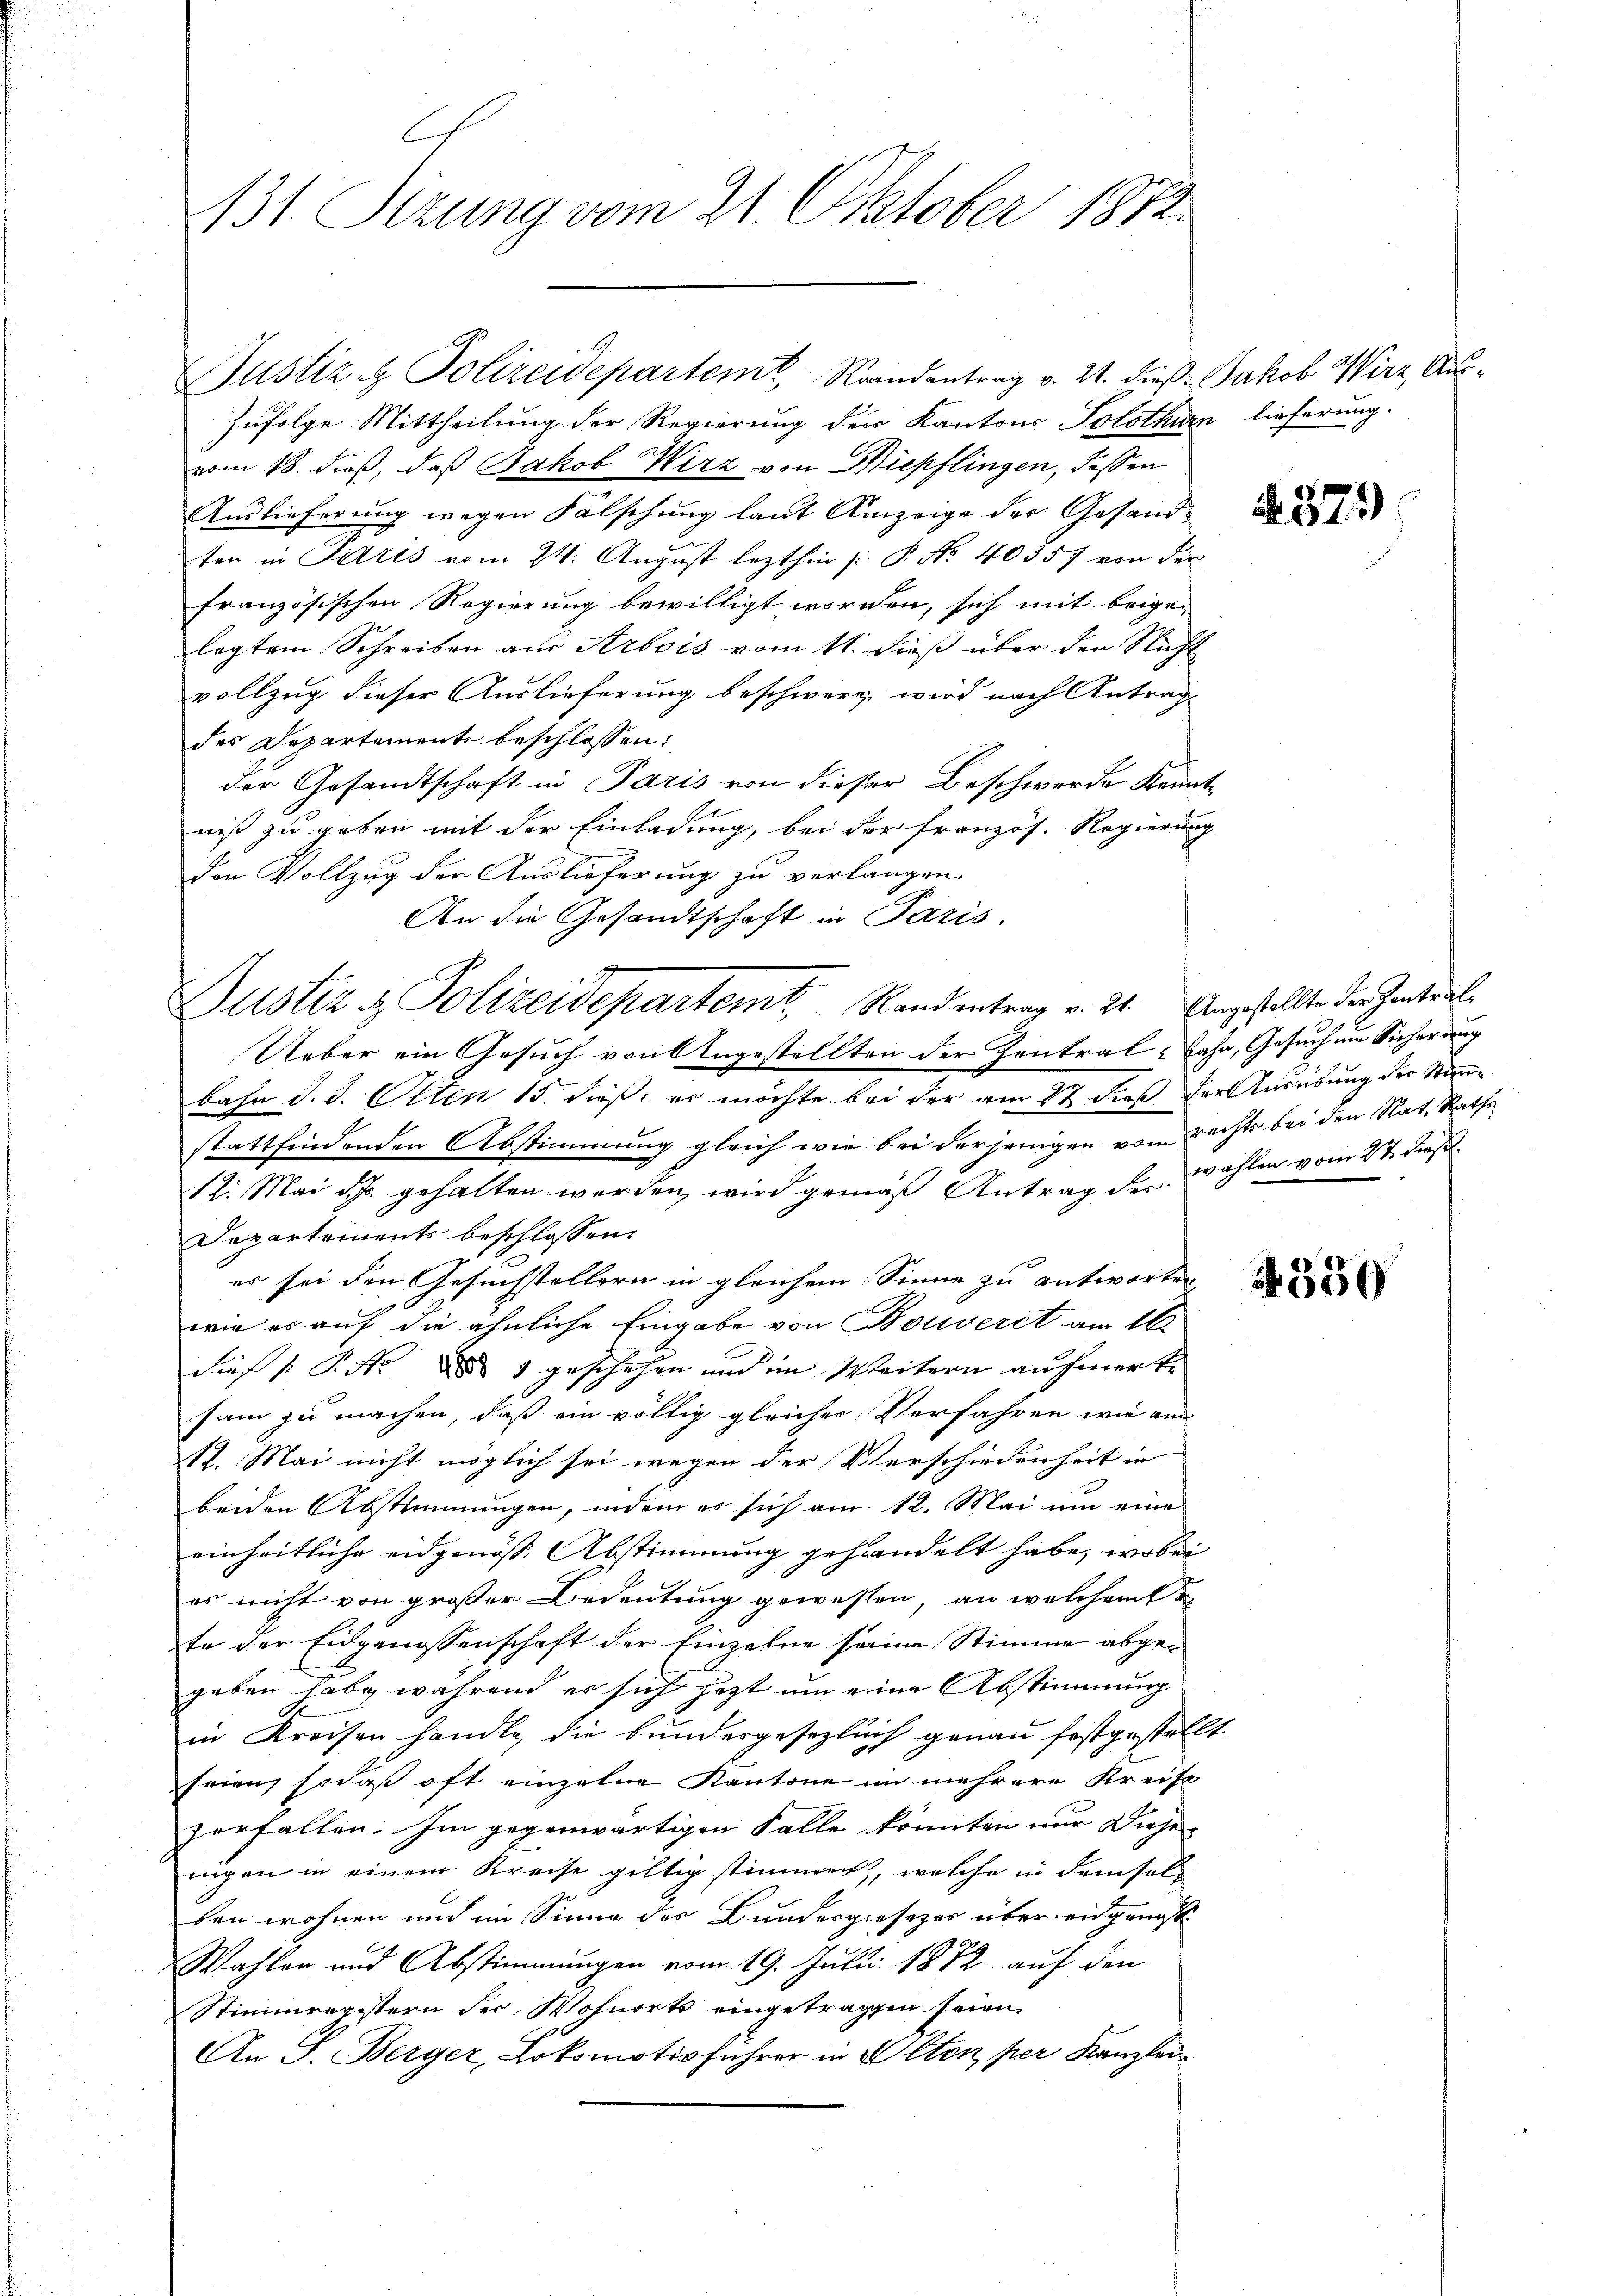
131. Sizung vom 21. Oktober 1872.

Justiz & Polizeidepartem Randentrag v. 21. dieß Jakob Wirz, Aus¬

Justiz & Polizeidepartemt, Randantrag v. 21. Angestellte der Zentral¬

Zufolge Mittheilung der Regierung der Kantons Solothurn lieferung.
vom 18. dieß, daß Jakob Wirz von Diepflingen, dessen
Auslieferung wegen Fälschung laut Anzeige der Gesandten in Silzis vom 24. August lezthin [: P. Nr. 40357 von der
französischen Regierung bewilligt worden, sich mit beigelegtem Schreiben am Arbois vom 11. dieß über den Nicht
vollzug dieser Auslieferung beschwere, wird nach Antrag
des Departements beschlossen:
der Gesandtschaft in Paris von dieser Beschwerde Kenntniß zu geben mit der Einladung, bei der französ. Regierung
Den Vollzug der Auslieferung zu verlangen.
An die Gesandtschaft in Paris.
Ueber ein Gesuch von Ungestellten der Zentralbahn, Gesuch um Sicherung
bahn d. d. Otten 15. dieß, es möchte bei der am 17 dieß der Ausübung der Stanstattfindenden Abstimmung gleich wie bei derjenigen vom Rechts bei den Rat. Raths
12. Mai d. Js. gehalten werden, wird gemäß Antrag der Wahlen vom 27. dieß
Departements beschlossen:
er sei den Gesuchstellern in gleichem Sinne zu antworten
wie es auf die ähnliche Eingabe von Bouverit am 16.
Fies /: P. Nr. ad 1 geschehen und im Weitern aufmerke
sam zu machen, daß ein völlig gleicher Verfahren wie am
12. Mai nicht möglich sei wegen der Verschiedenheit in
beiden Abstimmungen, indem er sich am 12. Mai um eine
einheitliche eidgenösse Abstimmung gehandelt habe, wobei
es nicht von großer Bedeutung gewesten, an welchem
te der Eidgenossenschaft der Einzelne seine Stimme abgegeben habe, während er sich jezt um eine Abstimmung
in Kreisen handle, die bundergesezlich genau festgestellt.
frien, sodaß oft einzelne Kantone im mehrere Kreise
zerfallen. Im gegenwärtigen Falle könnten nur diese
nigen in einem Kreise giltig stimmen, welche in dem solben wohnen und im Sinne des Bundesgesezes über eidgangst
Wahlen und Abstimmungen vom 19. Juli 1882 auf den
Stimmengestern der Wohnorts eingetragten seien
An J. Berger, Lokomotivführer in Alten per Kanzlei

A 379

530